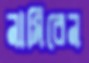
নামিবেন